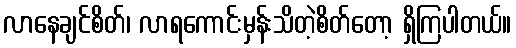
လာနေချင်စိတ်၊ လာရကောင်းမှန်းသိတဲ့စိတ်တော့ ရှိကြပါတယ်။